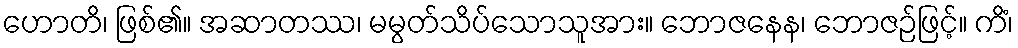
ဟောတိ၊ ဖြစ်၏။ အဆာတဿ၊ မမွတ်သိပ်သောသူအား။ ဘောဇနေန၊ ဘောဇဉ်ဖြင့်။ ကိံ၊